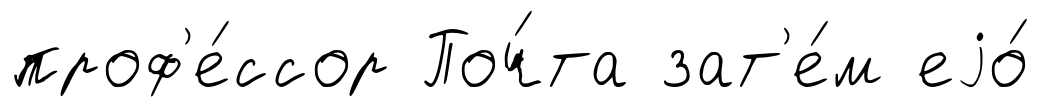
проф'е́ссор Поч́та зат'е́м еjо́